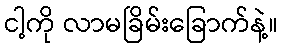
ငါ့ကို လာမခြိမ်းခြောက်နဲ့။